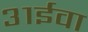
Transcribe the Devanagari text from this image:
३१ईवा